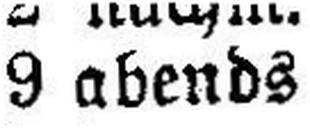
9 abends